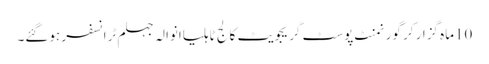
10ماہ گزار کر گورنمنٹ پوسٹ گریجویٹ کالج ٹاہلیاانوالہ جہلم ٹرانسفر ہوگئے۔